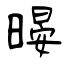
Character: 暥